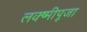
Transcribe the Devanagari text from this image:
लक्ष्मीपूजा